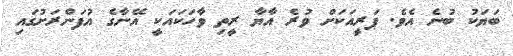
ބަޔަކު ބުނެ އެވެ. ޕަރީއަކަށް ވުރެ އާޔާ ރީތި ވާހަކައަކީ އޭނާގެ އުފަންރަށުގައި